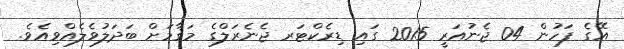
އޭގެ ފަހުން 04 ޖެނުއަރީ 2015 ގައި ޑިރެކްޓަރ ޖެނެރަލްގެ މަޤާމަށް ބަދަލުވެލެއްވިއެވެ.